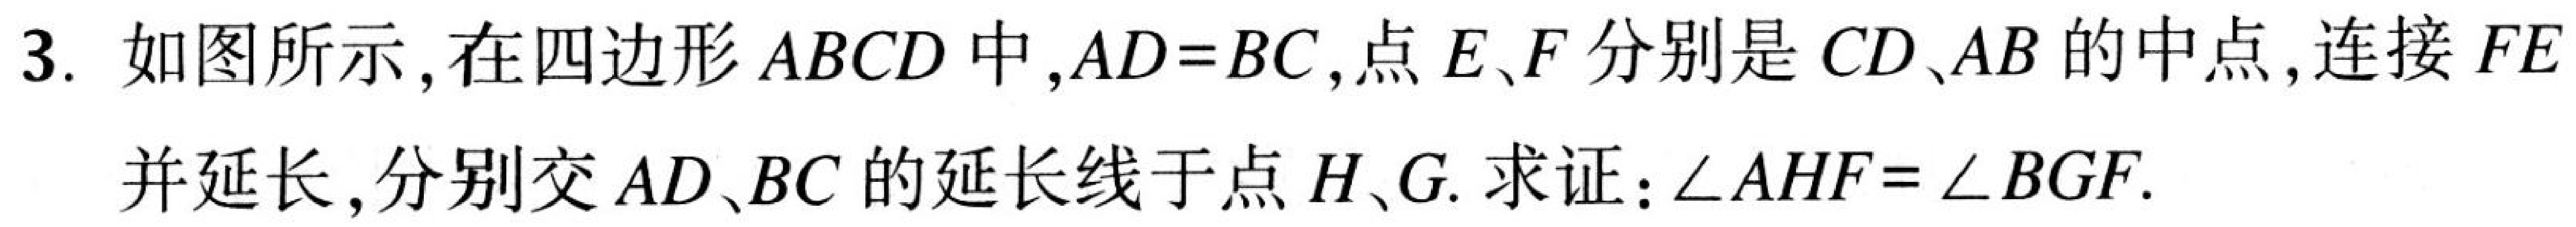
3. 如图所示，在四边形 \(ABCD\) 中，\(AD = BC\)，点 \(E\)、\(F\) 分别是 \(CD\)、\(AB\) 的中点，连接 \(FE\) 并延长，分别交 \(AD\)、\(BC\) 的延长线于点 \(H\)、\(G\). 求证：\(\angle AHF=\angle BGF\).